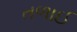
તળાઈ